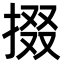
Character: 掇